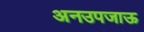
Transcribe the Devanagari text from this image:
अनउपजाऊ